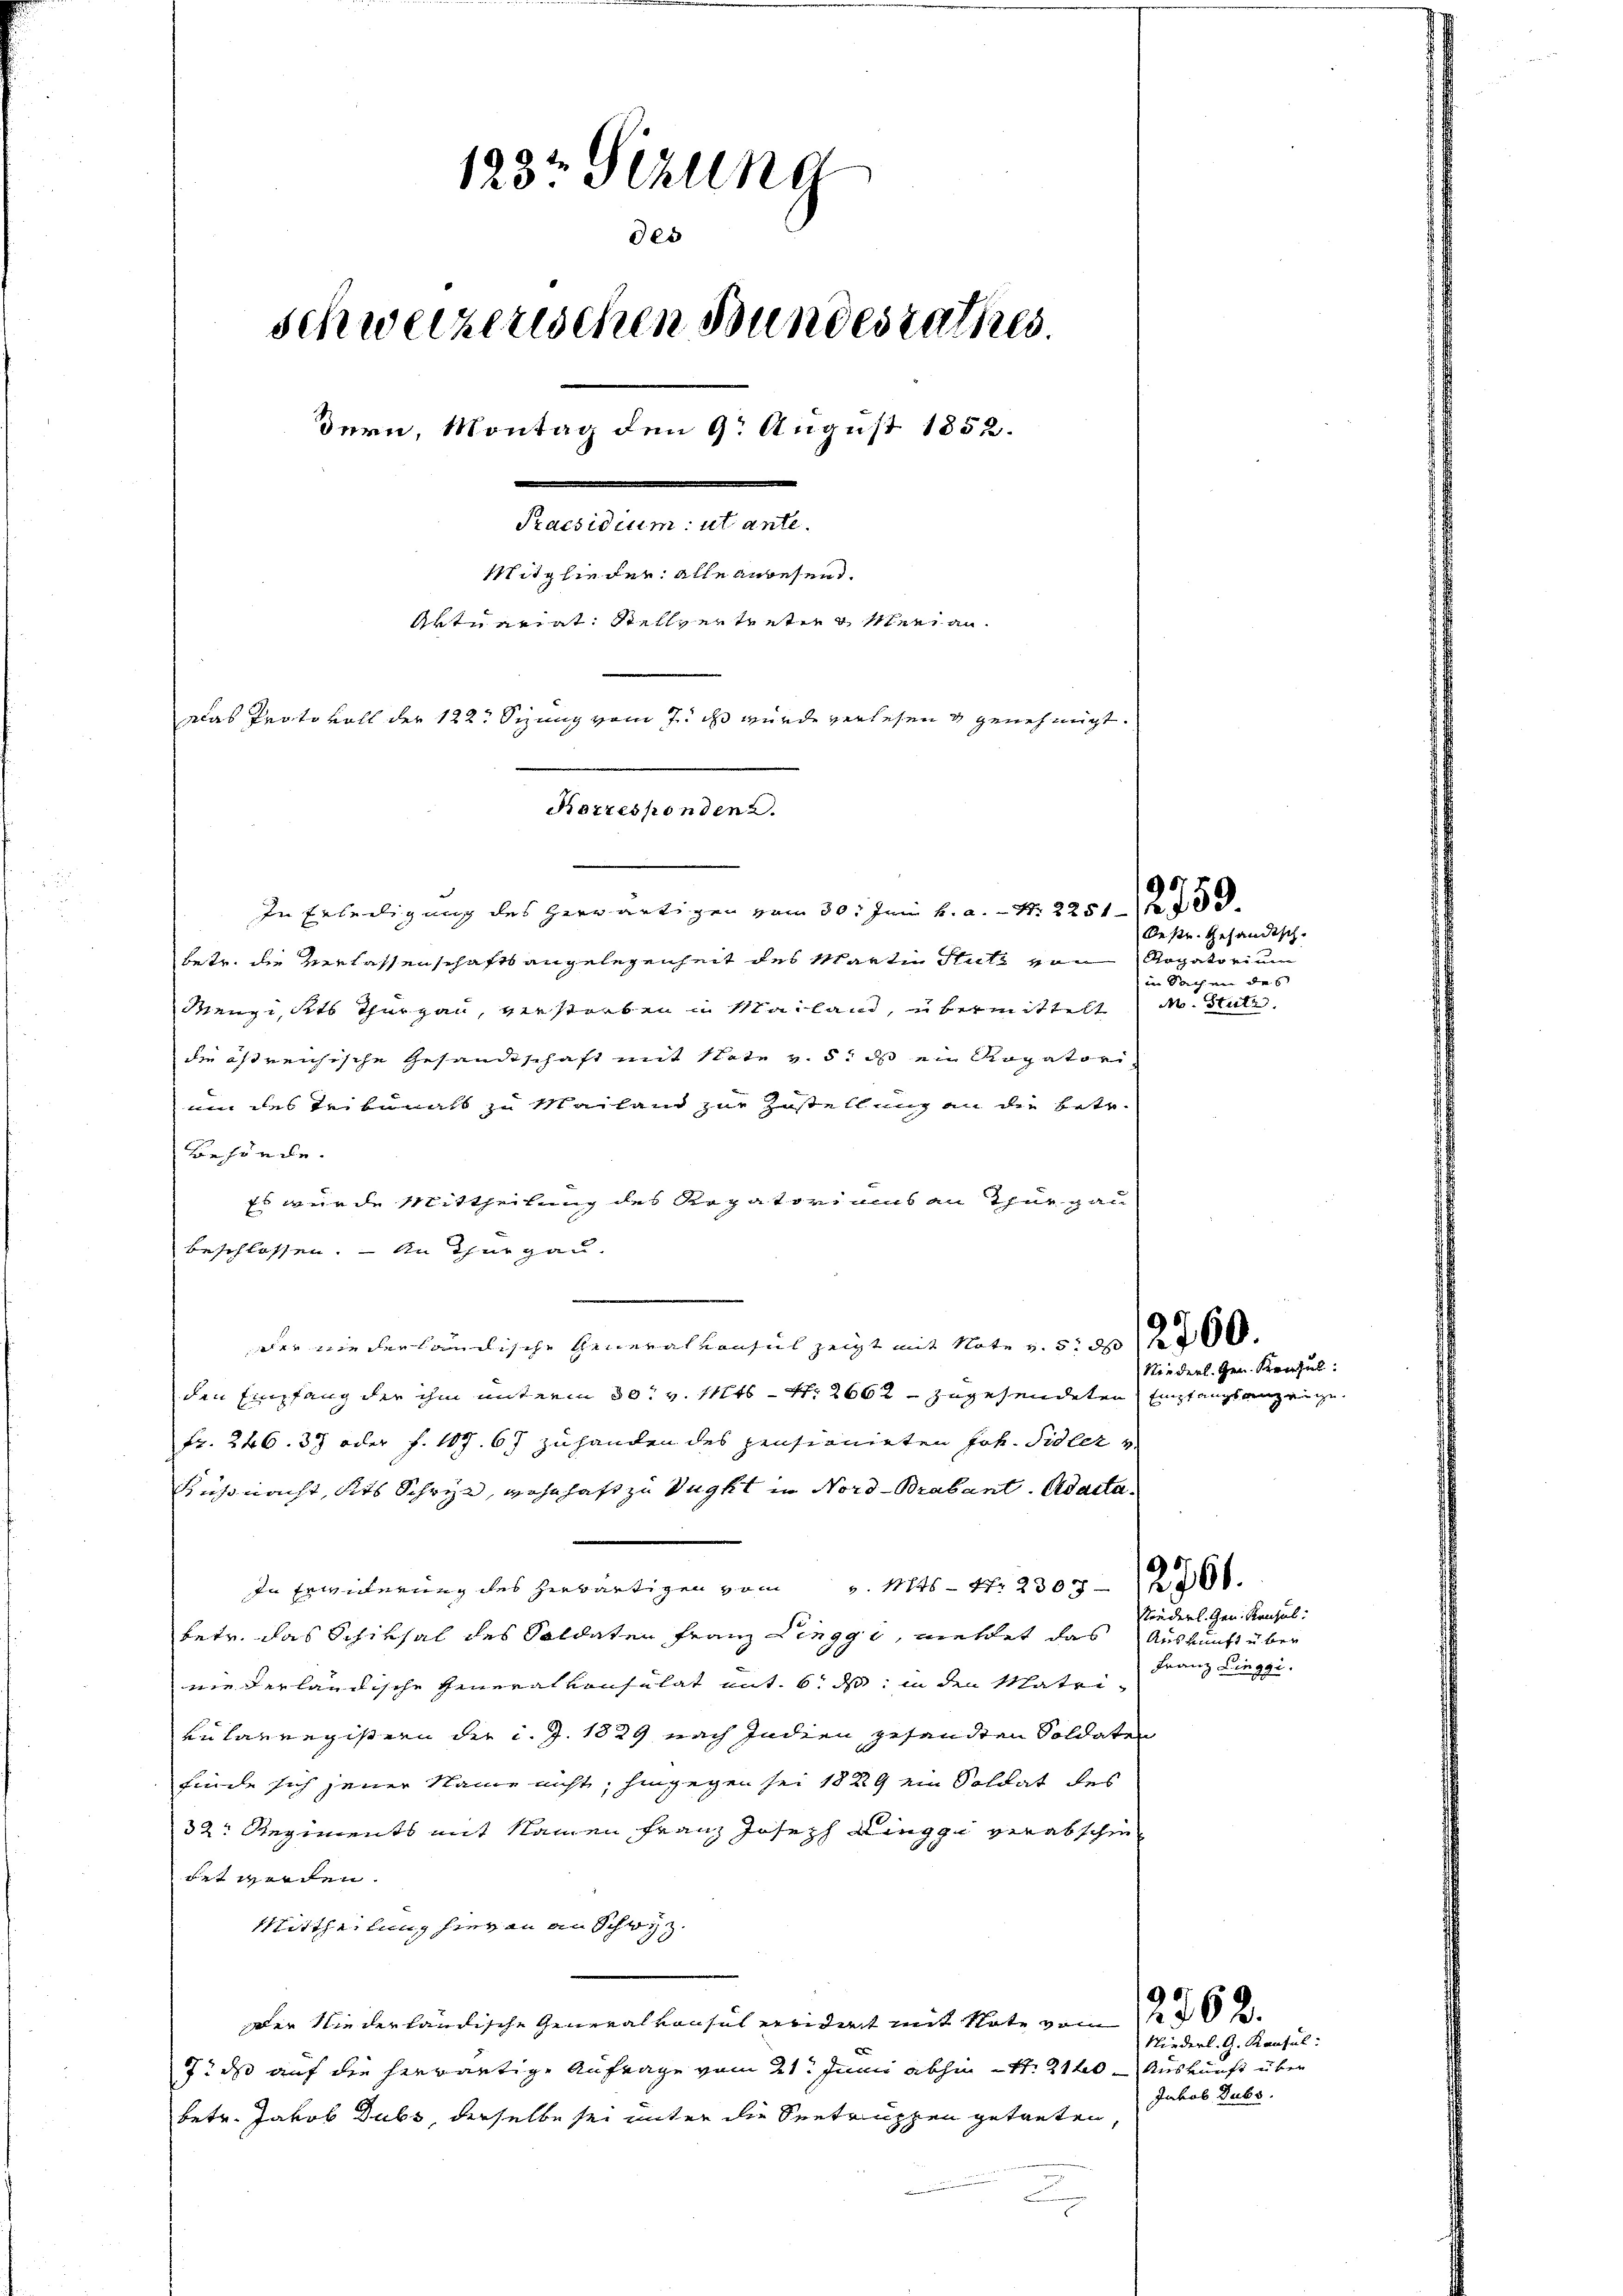
123t Sezung
des
schweizerischen Bundesrathes.
dern, Montag den 9. August 1852.
Fragen
Mitglieder alle anwesend.
Aktuariat: Stellvertretieg Meranedas Protokoll der 122. Sizung vom 7. ds wurde verlesen & genehmigt.

betr. die Verlassenschafts angelegenheit des Martin Stutz von Rogatorium
Menge, des Thurgau, verstorben in Mailand, übermittelt M. Stutz,
die östreichische Gesandtschaft mit Note v. 5. ds ein Rogatori-
uin des Tribunals zu Mailand zur Zustellung an die betr.
Behörde.
Es wurde Mittheilung des Rogatoriums an Thurgau
beschlossen. — An Thurgau.
e
der niederländische Generalkonsul zeigt mit Note v. 5. 212 f 0 x
den Empfang der ihm unterm 30. v. Mts. Nr. 2662 zugesendeten Empfangsanzeige
Fr. 246. 37 oder f. 107. 67 zuhanden des pensionirten Joh. Sidler v
Küßnacht, dits Schwyz, wohnhaft zu Vugkt in Nord-Brabant. Adacta.
In Erwiderung des herwärtigen vom v. Mts. Nr. 2303—2700.
betr. das Schiksal des Soldaten Franz Lingg, meldet das Auskunft über
niederländische Generalkonsulat mit 6. ds. in den Matrikularregistern der d. J. 1829 nach Indien gesandten Soldaten
finde sich jener Name nicht, hingegen sei 1829 ein Soldat des
32: Regiments mit Namen Franz Joseph Ringgi verabschie
irt werden.
Mittheilung hier in an Schwyz.
Der Niederländische Generalkonsul erwidert mit Note vom 20
7 das auf die herwärtige Anfrage vom 21. Junii abhin Nr. 210 - Auskunft über
betr. Jakob Dubs, derselbe sei unter die Seetruppen getreten

Korresponden 2.
In Erteiligung des herwärtigen vom 30. Juni h. a. Nr. 22540

Oestr. Gesandtsch
in Sachen des

9572

Niederl. Gen. Kenzel

Norderl. Gen. Kanzel
Franz Lieggi.

Niederl. G. Konful:
Jakob Dubs.